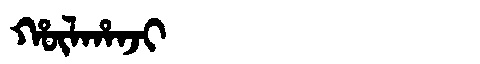
Manchu: ᡥᡡᠯᡥᠠᠨᠵᡳ
Romanization: HŪLHANJI